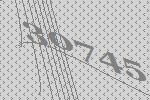
30745